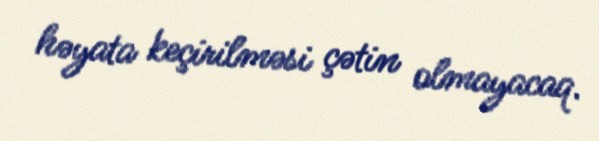
həyata keçirilməsi çətin olmayacaq.